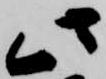
此